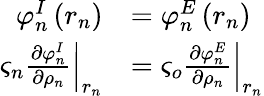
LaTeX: \begin{array}{rl}{\varphi_{n}^{I}\left(r_{n}\right)}&{=\varphi_{n}^{E}\left(r_{n}\right)}\\ {\left.\varsigma_{n}\frac{\partial\varphi_{n}^{I}}{\partial\rho_{n}}\right|_{r_{n}}}&{=\left.\varsigma_{o}\frac{\partial\varphi_{n}^{E}}{\partial\rho_{n}}\right|_{r_{n}}}\end{array}